Indian journal of veterinary science and animal husbandry - Volumes 22-23, 1952-1953
Year: 1952
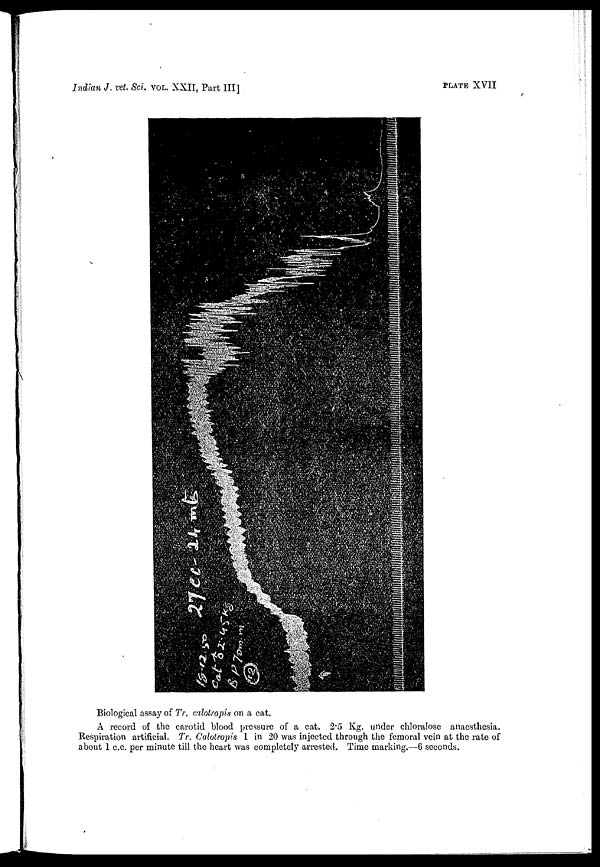
Indian J. vet. Sci. VOL. XXII, Part III]
PLATE XVII
Biological assay of Tr. calotropis on a cat.
A record of the carotid blood pressure of a cat. 2.5 Kg. under chloralose anaesthesia.
Respiration artificial. Tr. Calotropis 1 in 20 was injected through the femoral vein at the rate of
about 1 c.c. per minute till the heart was completely arrested. Time marking.—6 seconds.